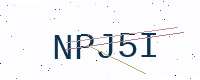
Text: NPJ5I